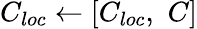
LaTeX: C_{loc}\leftarrow[C_{loc},\, \, C]